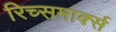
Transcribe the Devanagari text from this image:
रिच्समार्क्स